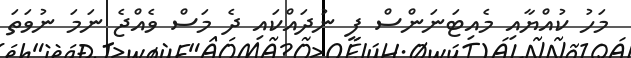
މަހު ކުއްޔާއި މެއިޓަނަންސް ފީ ނުދައްކައި ދެ މަސް ވެއްޖެ ނަމަ ނުވަތަ